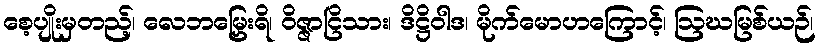
စေ့ပျိုးမှတည့်၊ လေဘမြှေးရိ၊ ဝိဇ္ဇာငြိသား၊ ဒိဋ္ဌိဝါဒ၊ မိုက်မောဟကြောင့်၊ ဩဃမြစ်ယဉ်၊